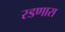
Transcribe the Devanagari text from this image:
रडणारा